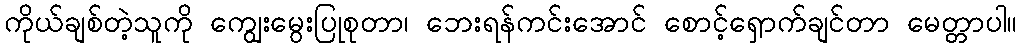
ကိုယ်ချစ်တဲ့သူကို ကျွေးမွေးပြုစုတာ၊ ဘေးရန်ကင်းအောင် စောင့်ရှောက်ချင်တာ မေတ္တာပါ။